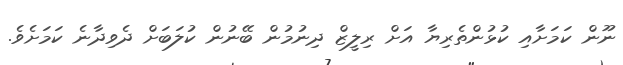
ނޫން ކަމަށާއި ކުޅުންތެރިޔާ އަށް ރިލީޒް ދިނުމުން ބޭނުން ކުލަބަށް ދެވިދާނެ ކަމަށެވެ.